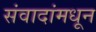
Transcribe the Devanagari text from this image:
संवादांमधून